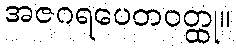
အဇဂရပေတဝတ္ထု။